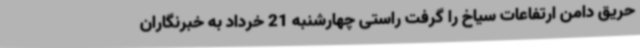
حریق دامن ارتفاعات سیاخ را گرفت راستی چهارشنبه 21 خرداد به خبرنگاران